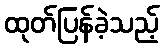
ထုတ်ပြန်ခဲ့သည့်